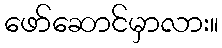
ဖော်ဆောင်မှာလား။